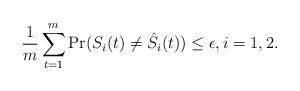
LaTeX: \begin{align*}\frac{1}{m}\sum\limits_{t=1}^m\mbox{Pr}(S_i(t)\neq\hat{S}_i(t))\leq\epsilon,i=1,2.\end{align*}